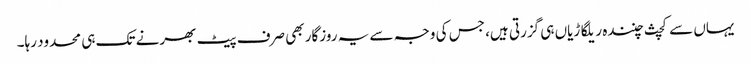
یہاں سے کچث چنندہ ریلگاڑیاں ہی گزرتی ہیں، جس کی وجہ سے یہ روزگار بھی صرف پیٹ بھرنے تک ہی محدود رہا۔